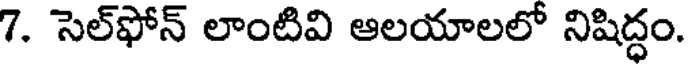
7. సెల్ఫోన్ లాంటివి ఆలయాలలో నిషిద్ధం.